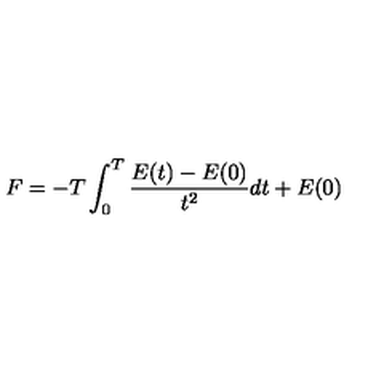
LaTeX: F = - T \int _ { 0 } ^ { T } { \frac { E ( t ) - E ( 0 ) } { t ^ { 2 } } } d t + E ( 0 )